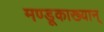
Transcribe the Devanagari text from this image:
मण्डूकाख्यान्